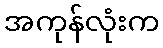
အကုန်လုံးက